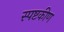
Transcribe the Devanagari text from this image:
स्पष्टकीण